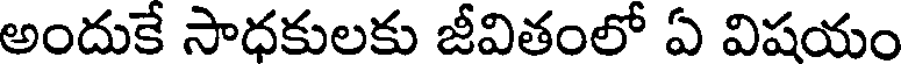
అందుకే సాధకులకు జీవితంలో ఏ విషయం